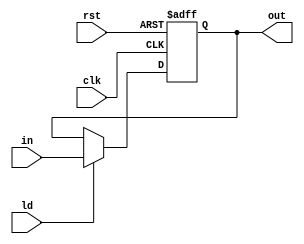
module Reg(clk, rst, ld, in, out);
    parameter LEN = 8;
    input clk;
    input rst;
    input ld;
    input[6:0] in;
    output reg[6:0] out;
    always @(posedge clk or posedge rst) begin
        if(rst)
            out = 0;
        else if(ld)
            out = in;
        else
            out = out;
    end
endmodule